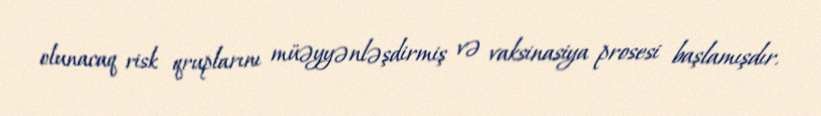
olunacaq risk qruplarını müəyyənləşdirmiş və vaksinasiya prosesi başlamışdır.